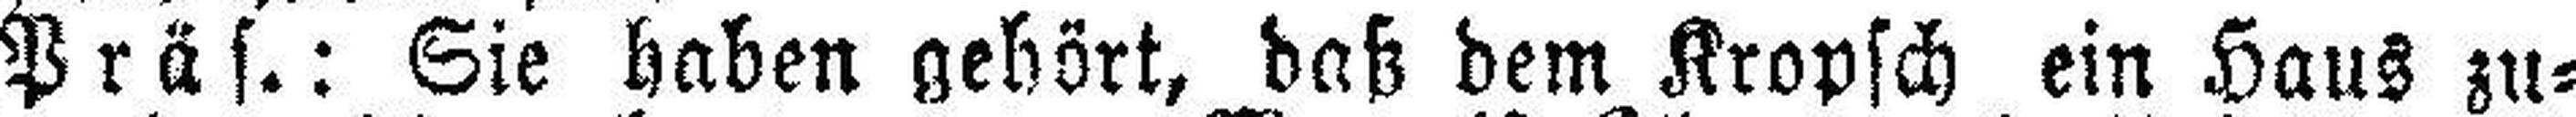
Präs.: Sie haben gehört, daß dem Kropsch ein Haus zu¬